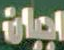
ايران